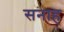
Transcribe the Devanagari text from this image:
सनाह